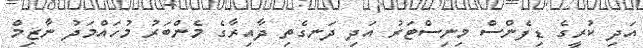
އަދި ކުރީގެ ޑިފެންސް މިނިސްޓަރު އަދި ދަނގެތި ދާއިރާގެ މެންބަރު މުހައްމަދު ނާޒިމް